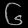
Digit: ၆